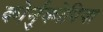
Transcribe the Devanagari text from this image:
कोर्नुकोपिया